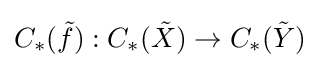
C_{*}({\tilde {f}}):C_{*}({\tilde {X}})\to C_{*}({\tilde {Y}})